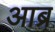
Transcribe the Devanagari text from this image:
आब्र